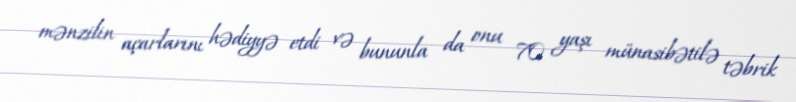
mənzilin açarlarını hədiyyə etdi və bununla da onu 70 yaşı münasibətilə təbrik